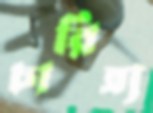
চারিত্র্য